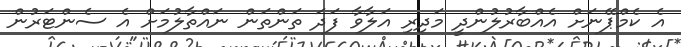
އެ ކެމްޕޭނަށް އެއްބާރުލުންދީ މަދިރި އަލާވާ ފަދަ ތަންތަން ނައްތާލުމަށް އެ ސެންޓަރުން